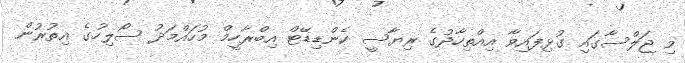
މި ޖަލްސާގައި ގުޅިފައިވާ އިއްތިހާދުގެ ރިޔާސީ ކެންޑިޑޭޓް އިބްރާހީމް މުހައްމަދު ސޯލިހުގެ އިތުރުން